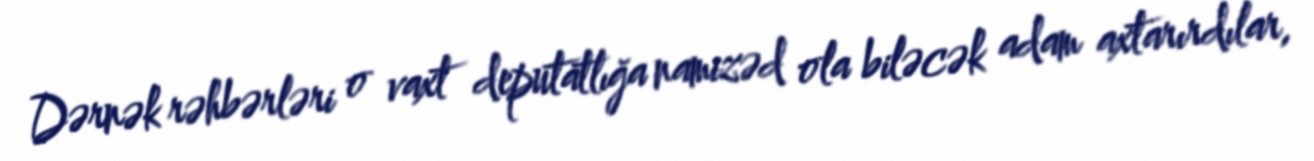
Dərnək rəhbərləri o vaxt deputatlığa namizəd ola biləcək adam axtarırdılar,